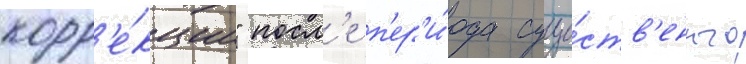
корр'е́кции" посл'е п'ер'и́ода суще́ств'енного